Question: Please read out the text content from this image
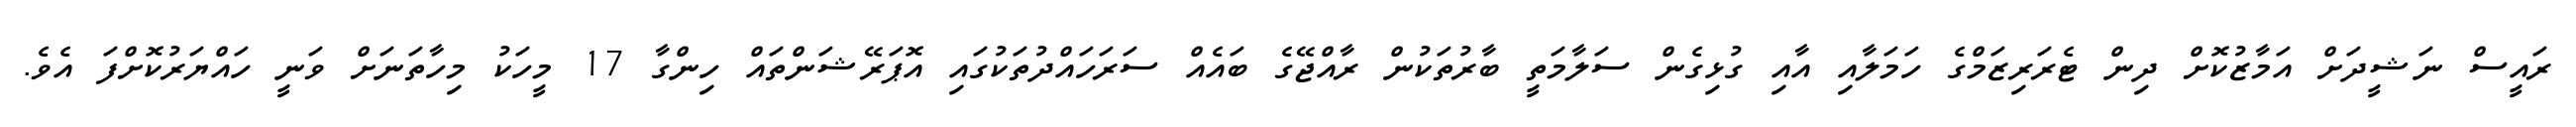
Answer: ރައީސް ނަޝީދަށް އަމާޒުކޮށް ދިން ޓެރަރިޒަމްގެ ހަމަލާއި އާއި ގުޅިގެން ސަލާމަތީ ބާރުތަކުން ރާއްޖޭގެ ބައެއް ސަރަހައްދުތަކުގައި އޮޕަރޭޝަންތައް ހިންގާ 17 މީހަކު މިހާތަނަށް ވަނީ ހައްޔަރުކޮށްފަ އެވެ.